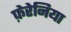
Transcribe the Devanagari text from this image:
फ़ेरेनिया